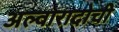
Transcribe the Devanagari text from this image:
अल्वारादोची